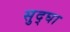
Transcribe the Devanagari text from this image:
सुद्घा